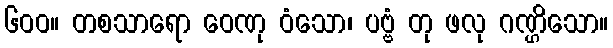
၆၀၀။ တစသာရော ဝေဏု ဝံသော၊ ပဗ္ဗံ တု ဖလု ဂဏ္ဌိသော။